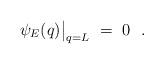
LaTeX: \begin{align*}\psi_E(q)\bigr|_{q=L}\ =\ 0\ \ .\end{align*}